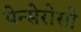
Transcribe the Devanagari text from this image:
पेन्सेरोसो